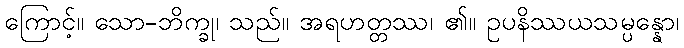
ကြောင့်။ သော-ဘိက္ခု၊ သည်။ အရဟတ္တဿ၊ ၏။ ဥပနိဿယသမ္ပန္နော၊